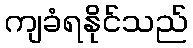
ကျခံရနိုင်သည်